Vaccination United Provinces of Agra and Oudh 1923-1928 - 1923-1928
Year: 1923
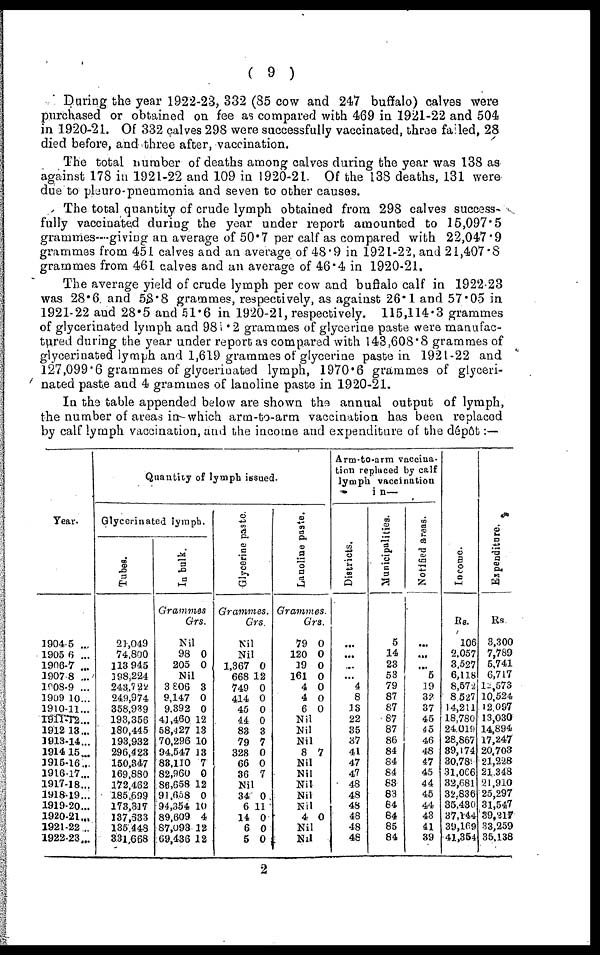
( 9 )
During the year 1922-23, 332 (85 cow and 247 buffalo) calves were
purchased or obtained on fee as compared with 469 in 1921-22 and 504
in 1920-21. Of 332 calves 298 were successfully vaccinated, three failed, 28
died before, and three after, vaccination.
The total number of deaths among calves during the year was 138 as
against 178 in 1921-22 and 109 in 1920-21. Of the 138 deaths, 131 were
due to pleuro-pneumonia and seven to other causes.
The total quantity of crude lymph obtained from 298 calves success-
fully vaccinated during the year under report amounted to 15,097.5
grammes—giving an average of 50.7 per calf as compared with 22,047.9
grammes from 451 calves and an average of 48.9 in 1921-22, and 21,407.8
grammes from 461 calves and an average of 46.4 in 1920-21.
The average yield of crude lymph per cow and buffalo calf in 1922-23
was 28.6 and 58.8 grammes, respectively, as against 26.1 and 57.05 in
1921-22 and 28.5 and 51.6 in 1920-21, respectively. 115,114.3 grammes
of glycerinated lymph and 98.22 grammes of glycerine paste were manufac-
tured during the year under report as compared with 143,608.8 grammes of
glycerinated lymph and 1,619 grammes of glycerine paste in 1921-22 and
127,099.6 grammes of glycerinated lymph, 1970.6 grammes of glyceri-
nated paste and 4 grammes of lanoline paste in 1920-21.
In the table appended below are shown the annual output of lymph,
the number of areas in which arm-to-arm vaccination has been replaced
by calf lymph vaccination, and the income and expenditure of the dépôt:—
Year.
1904-5 ...
1905-6 ...
1906-7 ...
1907-8 ...
1908-9 ...
1909-10...
1910-11 ...
1911-12 ...
1912-13 ...
1913-14 ...
1914-15 ...
1915-16 ...
1916-17 ...
1917-18 ...
1918-19 ...
1919-20 ...
1920-21 ...
1921-22 ...
1922-23 ...
Quantity of lymph issued.
Glycerinated lymph.
Tubes.
21,049
74,800
113,945
198,224
243,722
249,974
358,919
193,356
180,445
193,932
296,423
150,347
169,880
172,462
185,699
173,317
137,633
135,448
831,668
In bulk.
Grammes.
Grs.
Nil
98
205
0
0
Nil
3,806
9,147
9,392
41,460
58,427
70,296
94,547
83,110
82,960
86,658
91,658
94,354
89,609
87,093
69,436
3
0
0
12
13
10
13
7
0
12
0
10
4
12
12
Glycerine paste
Grammes.
Grs.
Nil
Nil
1,367
668
749
414
45
44
83
79
328
66
36
0
12
0
0
0
0
3
7
0
0
7
Nil
34
6
14
6
5
0
11
0
0
0
Lanoline paste.
Grammes.
79
120
19
161
4
4
6
Grs.
0
0
0
0
0
0
0
Nil
Nil
Nil
8 7
Nil
Nil
Nil
Nil
Nil
4 0
Nil
Nil
Arm-to-arm vaccina-
tion replaced by calf
lymph vaccination
in—
Districts.
...
...
..
...
4
8
13
22
35
37
41
47
47
48
48
48
48
48
48
Municipalities.
5
14
23
53
79
87
87
87
87
86
84
84
84
83
83
84
84
85
84
Notified areas.
...
...
...
5
19
32
37
45
45
46
48
47
45
44
45
44
43
41
39
Income.
Rs.
106
2,057
3,527
6,118
8,572
8,527
14,211
18,780
24,019
28,867
39,174
30,78
31,006
32,681
32,836
35,430
37,144
39,169
41,354
Expenditure.
Rs.
3,300
7,789
5,741
6,717
1,573
10,524
12,097
13,030
14,894
17,247
20,703
21,228
21,348
21,910
25,297
31,547
39,217
33,259
35,138
2